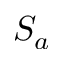
S _ { a }